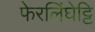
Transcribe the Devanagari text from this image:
फेरलिंघेट्टि